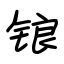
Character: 锒